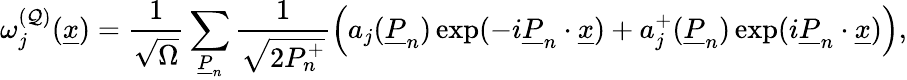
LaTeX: \omega_{j}^{({\cal Q})}(\underline{{{x}}})=\frac{1}{\sqrt{\Omega}}\sum_{\underline{{{P}}}_{n}}\frac{1}{\sqrt{2P_{n}^{+}}}\left(a_{j}(\underline{{{P}}}_{n})\exp(-i\underline{{{P}}}_{n}\cdot\underline{{{x}}})+a_{j}^{+}(\underline{{{P}}}_{n})\exp(i\underline{{{P}}}_{n}\cdot\underline{{{x}}})\right),